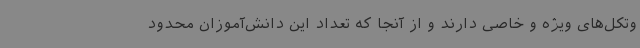
وتکل‌های ویژه و خاصی دارند و از آنجا که تعداد این دانش‌آموزان محدود